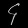
Digit: ၄